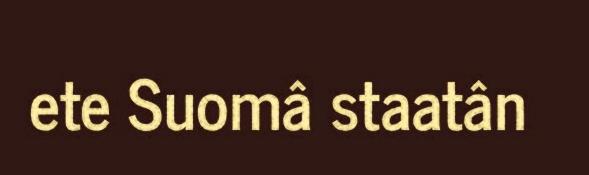
ete Suomâ staatân